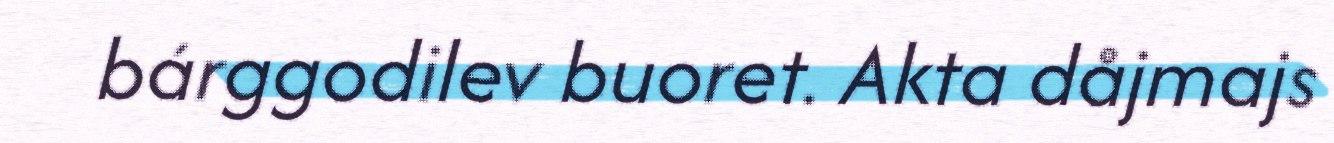
bárggodilev buoret. Akta dåjmajs